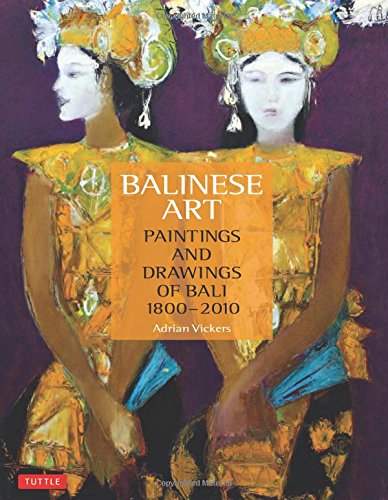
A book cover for Balinese Art: Paintings and Drawings of Bali 1800 - 2010; Adrian Vickers Ph.D.; Crafts, Hobbies & Home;